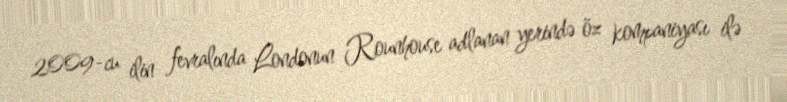
2009-cu ilin fevralında Londonun Rounhouse adlanan yerində öz kompaniyası ilə